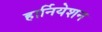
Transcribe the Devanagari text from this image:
हार्नियेशन